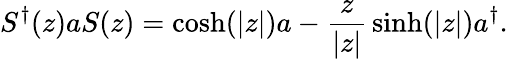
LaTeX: S^{\dagger}(z)aS(z)=\cosh(|z|)a-{\frac{z}{|z|}}\sinh(|z|)a^{\dagger}.